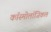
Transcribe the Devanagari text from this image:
कॉस्मोलॉजिकल